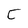
Character: C